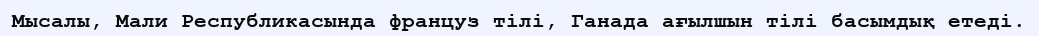
Мысалы, Мали Республикасында француз тілі, Ганада ағылшын тілі басымдық етеді.